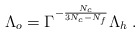
\begin{align*}\Lambda_o=\Gamma^{-{N_c\over 3N_c-N_f}}\Lambda_h\;.\end{align*}